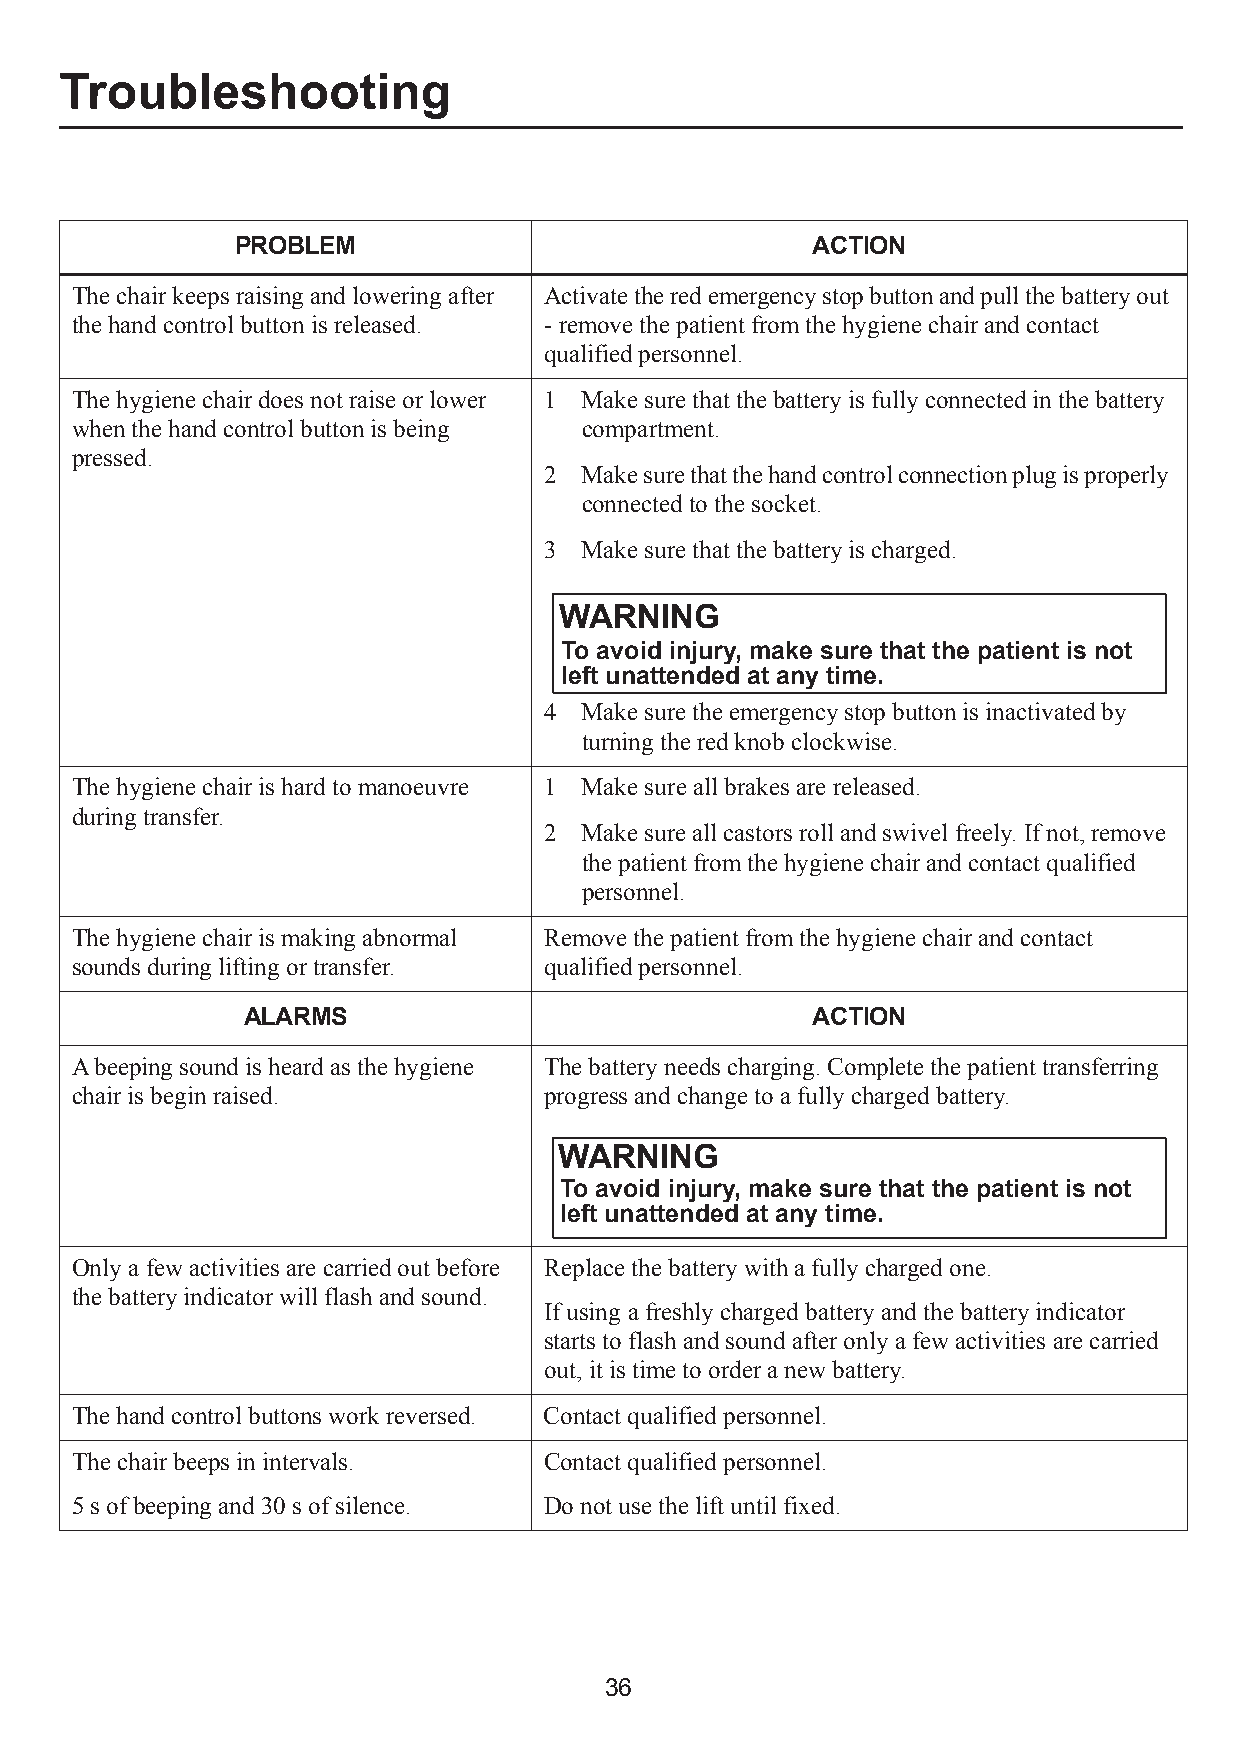
Troubleshooting
 PROBLEM                               ACTION
 The chair keeps raising and lowering after Activate the red emergency stop button and pull the battery out
 the hand control button is released. - remove the patient from the hygiene chair and contact
 qualified personnel.
 The hygiene chair does not raise or lower 1 Make sure that the battery is fully connected in the battery
 when the hand control button is being compartment.
 pressed.
 2 Make sure that the hand control connection plug is properly
 connected to the socket.
 3 Make sure that the battery is charged.
 WARNING
 To avoid injury, make sure that the patient is not
 left unattended at any time.
 4 Make sure the emergency stop button is inactivated by
 turning the red knob clockwise.
 The hygiene chair is hard to manoeuvre 1 Make sure all brakes are released.
 during transfer.
 2 Make sure all castors roll and swivel freely. If not, remove
 the patient from the hygiene chair and contact qualified
 personnel.
 The hygiene chair is making abnormal Remove the patient from the hygiene chair and contact
 sounds during lifting or transfer. qualified personnel.
 ALARMS                                ACTION
 A beeping sound is heard as the hygiene The battery needs charging. Complete the patient transferring
 chair is begin raised.         progress and change to a fully charged battery.
 WARNING
 To avoid injury, make sure that the patient is not
 left unattended at any time.
 Only a few activities are carried out before Replace the battery with a fully charged one.
 the battery indicator will flash and sound.
 If using a freshly charged battery and the battery indicator
 starts to flash and sound after only a few activities are carried
 out, it is time to order a new battery.
 The hand control buttons work reversed. Contact qualified personnel.
 The chair beeps in intervals.  Contact qualified personnel.
 5s of beeping and 30 s of silence. Do not use the lift until fixed.
 36